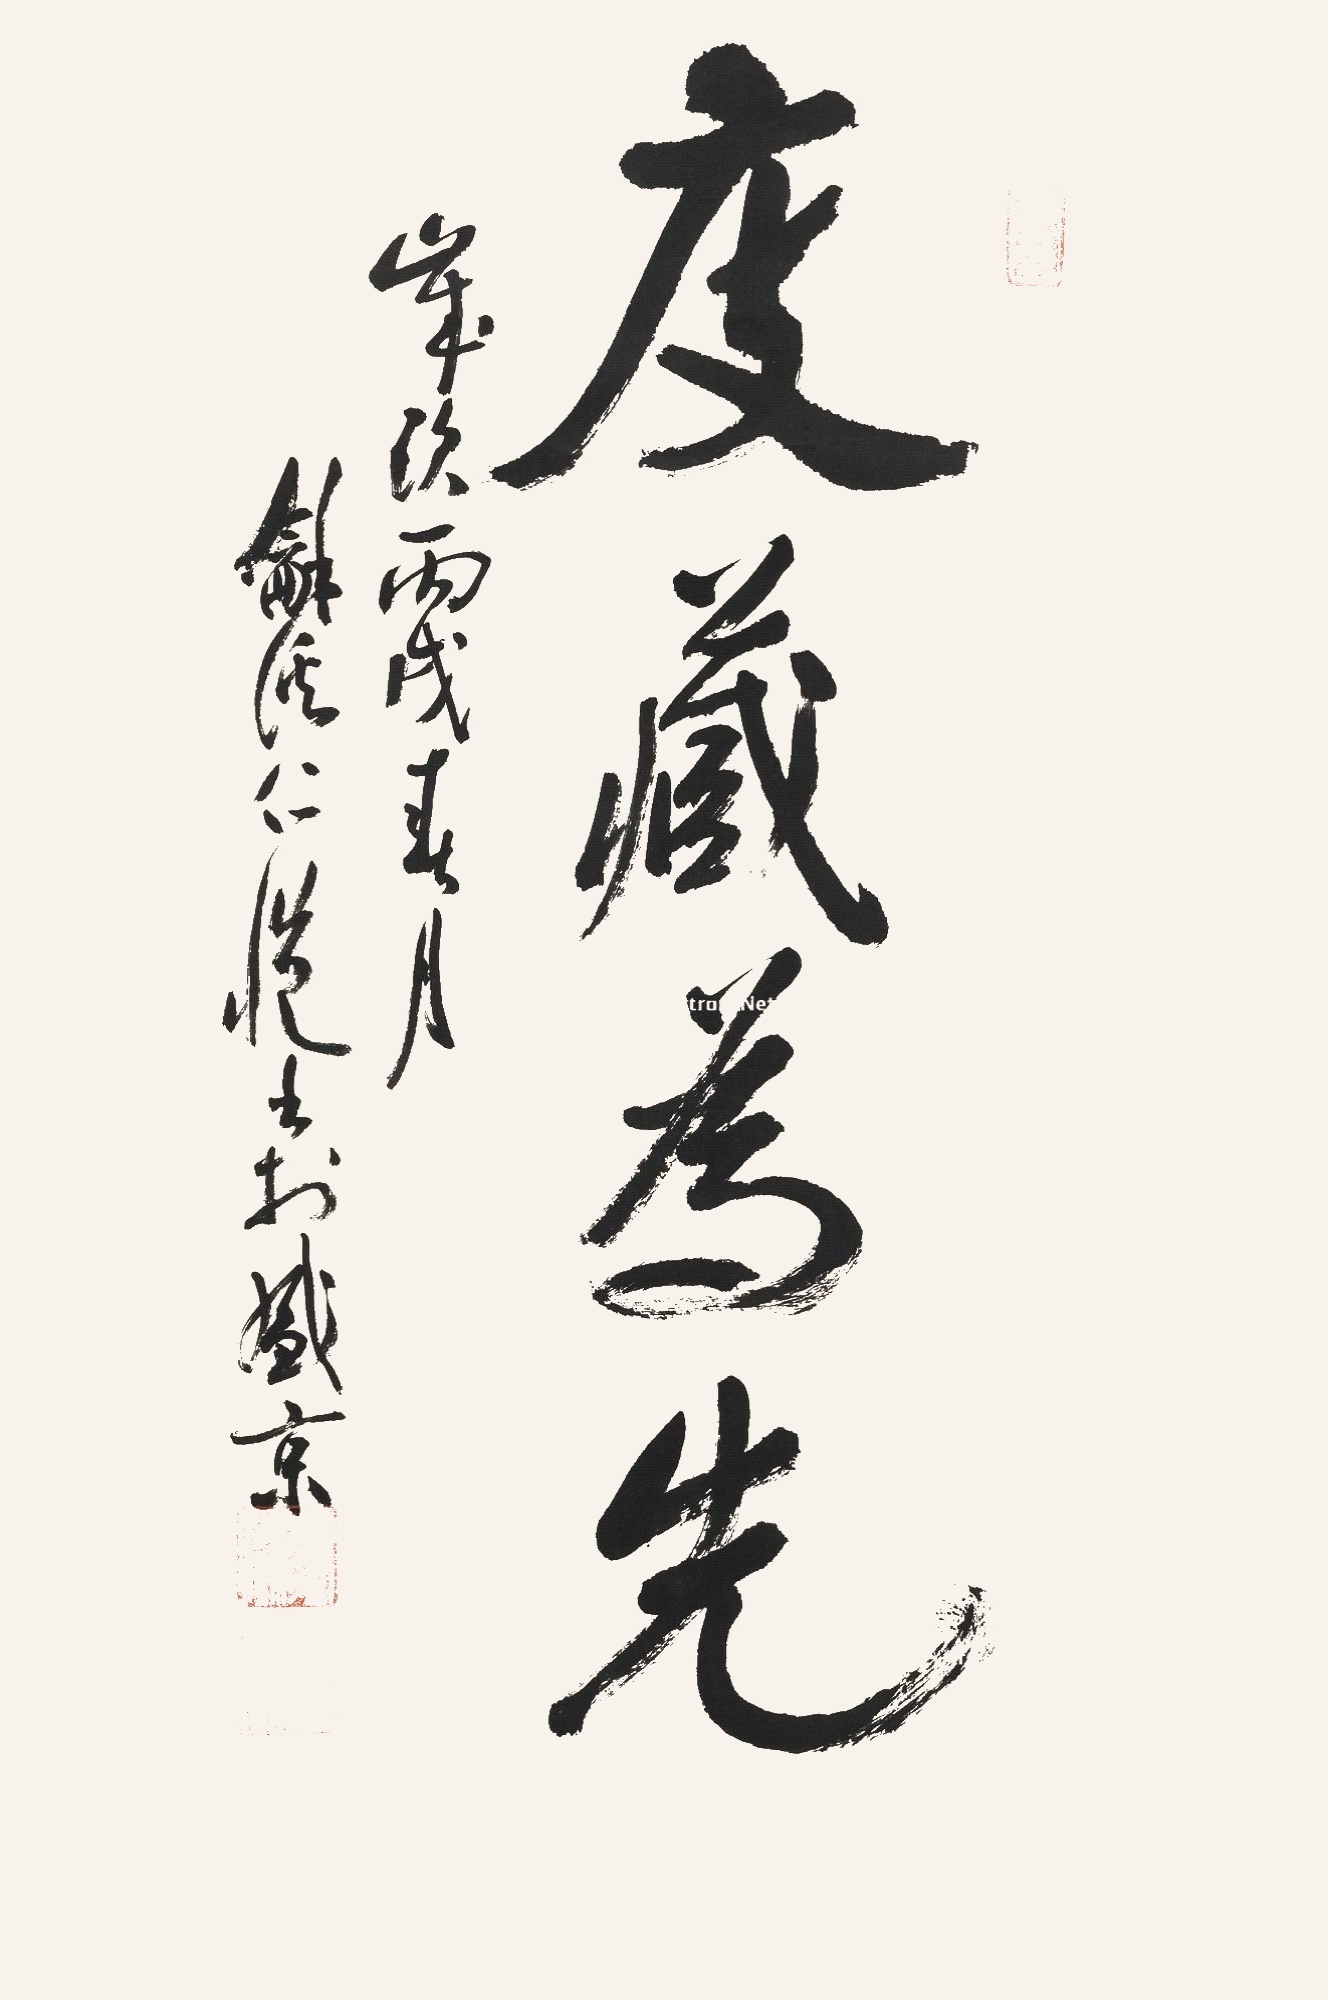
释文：度藏为先岁次丙戌七月和溪仁恺书于盛京。